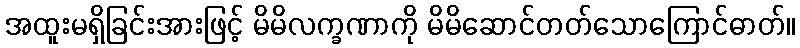
အထူးမရှိခြင်းအားဖြင့် မိမိလက္ခဏာကို မိမိဆောင်တတ်သောကြောင်ဓာတ်။